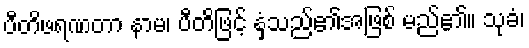
ပီတိဖရဏတာ နာမ၊ ပီတိဖြင့် နှံ့သည်၏အဖြစ် မည်၏။ သုခံ၊